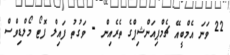
22 ވަނަ އެމްބީއޭ ޗެމްޕިއަންޝިޕްގެ ތެރެއިން - ވަގުތު ފައިލް ފޮޓޯ މޯލްޑިވްސް